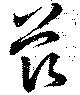
茲